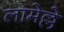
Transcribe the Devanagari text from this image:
लामेल्ले